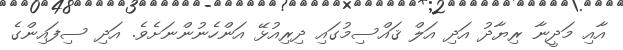
އާއި މަދީނާ ރިޔާދު އަދި އަލް ޤައްސިމުގައި ދިރިއުޅޭ އަންހެނުންނަށެވެ. އަދި ސިފައިންގެ